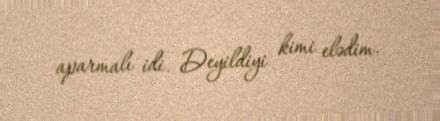
aparmalı idi. Deyildiyi kimi elədim.